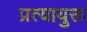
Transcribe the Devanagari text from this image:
प्रत्यायुक्त